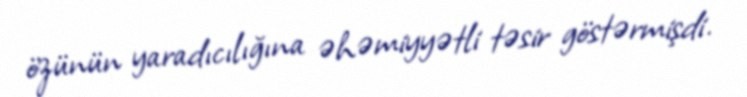
özünün yaradıcılığına əhəmiyyətli təsir göstərmişdi.